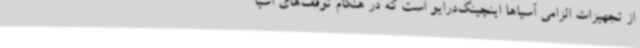
از تجهیزات الزامی آسیاها اینچینگ‌درایو است که در هنگام توقف‌های آسیا